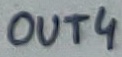
Text: OUT4